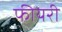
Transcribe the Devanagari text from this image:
फीयरी